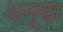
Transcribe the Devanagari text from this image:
अनूढा